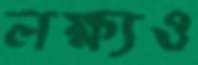
লক্ষ্যও